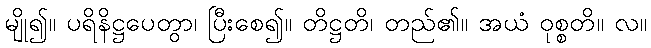
မျို၍။ ပရိနိဋ္ဌပေတွာ၊ ပြီးစေ၍။ တိဋ္ဌတိ၊ တည်၏။ အယံ ဝုစ္စတိ။ လ။